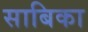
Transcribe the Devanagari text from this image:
साबिका